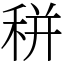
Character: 𥞩